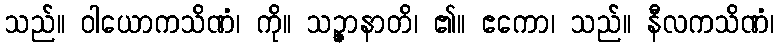
သည်။ ဝါယောကသိဏံ၊ ကို။ သဉ္ဇာနာတိ၊ ၏။ ဧကော၊ သည်။ နီလကသိဏံ၊